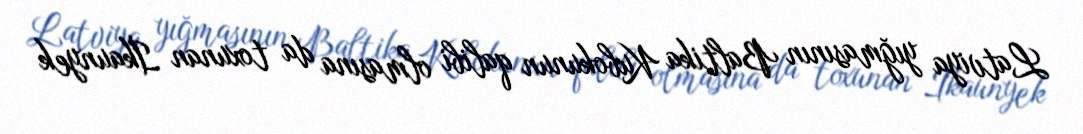
Latviya yığmasının Baltika Kubokunun qalibi olmasına da toxunan İkaunyek